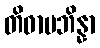
တိဓာပဘိန္နာ